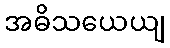
အဓိသယေယျ